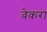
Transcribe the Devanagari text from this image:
वेकरा